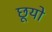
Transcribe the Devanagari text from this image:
छूयो